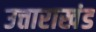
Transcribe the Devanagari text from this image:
उत्ताराखंड